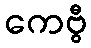
ကေဗွီ